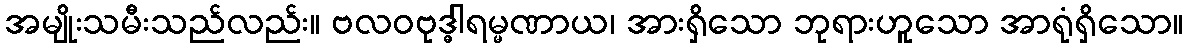
အမျိုးသမီးသည်လည်း။ ဗလဝဗုဒ္ဓါရမ္မဏာယ၊ အားရှိသော ဘုရားဟူသော အာရုံရှိသော။